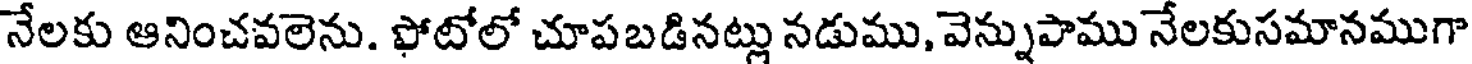
నేలకు ఆనించవలెను. ఫోటోలో చూపబడినట్లు నడుము, వెన్నుపాము నేలకుసమానముగా